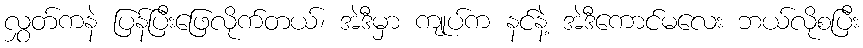
လွှတ်ကနဲ ပြန်ပြီးဖြေလိုက်တယ်၊ အဲဒီမှာ ကျုပ်က နင်နဲ့ အဲဒီကောင်မလေး ဘယ်လိုစပြီး